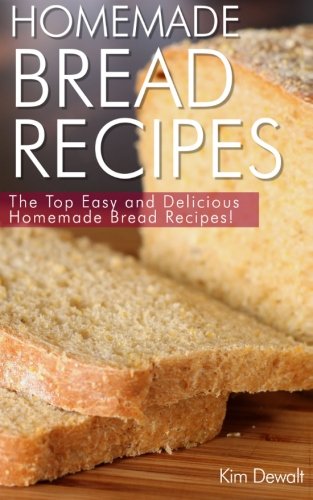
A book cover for Homemade Bread Recipes: The Top Easy and Delicious Homemade Bread Recipes!; Kim Dewalt; Cookbooks, Food & Wine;